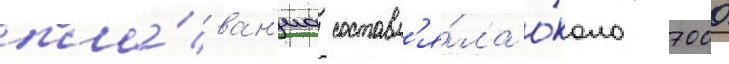
пла́ван'иа составл'я́ла о́коло 7000